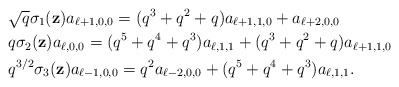
\begin{align*}&\sqrt{q}\sigma_1(\textbf{z})a_{\ell+1,0,0}=(q^3+q^2+q)a_{\ell+1,1,0}+a_{\ell+2,0,0}\\&{q}\sigma_2(\textbf{z})a_{\ell,0,0}=(q^5+q^4+q^3)a_{\ell,1,1}+(q^3+q^2+q)a_{\ell+1,1,0}\\& q^{3/2}\sigma_3(\textbf{z})a_{\ell-1,0,0}=q^2a_{\ell-2,0,0}+(q^5+q^4+q^3)a_{\ell,1,1}.\end{align*}